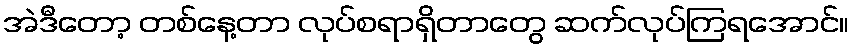
အဲဒီတော့ တစ်နေ့တာ လုပ်စရာရှိတာတွေ ဆက်လုပ်ကြရအောင်။